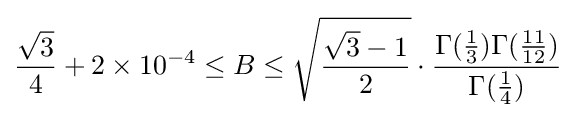
{\frac {\sqrt {3}}{4}}+2\times 10^{-4}\leq B\leq {\sqrt {\frac {{\sqrt {3}}-1}{2}}}\cdot {\frac {\Gamma ({\frac {1}{3}})\Gamma ({\frac {11}{12}})}{\Gamma ({\frac {1}{4}})}}